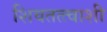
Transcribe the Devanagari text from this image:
शिवतत्त्वाशी